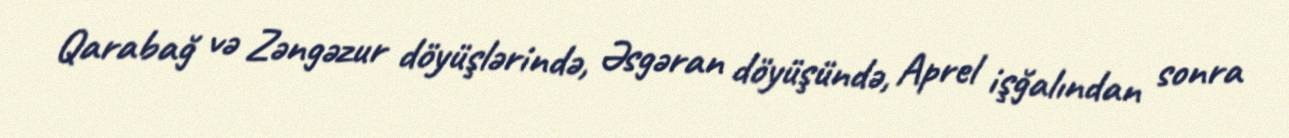
Qarabağ və Zəngəzur döyüşlərində, Əsgəran döyüşündə, Aprel işğalından sonra